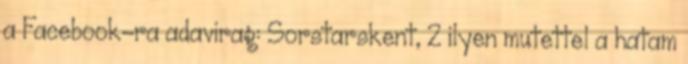
a Facebook-ra adavirag: Sorstarskent, 2 ilyen mutettel a hatam